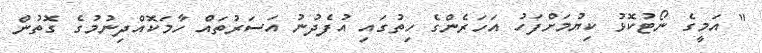
" އަމީގެ ނޯޓުކޮޅު ކިޔުމަށްފަހު އަހަރެންގެ ހިތުގައި އުފެދުނު އަސަރުތައް ހާމަކޮއްދިނުމުގެ ގޮތުން